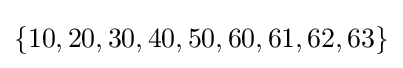
\{10,20,30,40,50,60,61,62,63\}